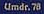
umdr. 78